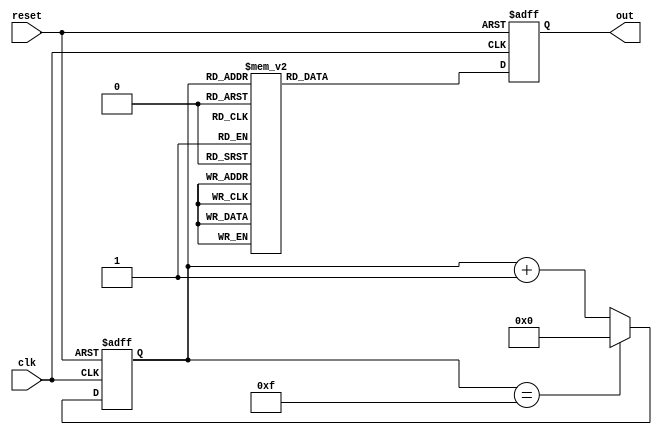
module johnson_counter_clock_divider (
    input wire clk,
    input wire reset,
    output reg out
);

reg [3:0] counter;

always @(posedge clk or posedge reset) begin
    if (reset) begin
        counter <= 4'b0000;
        out <= 1'b0;
    end else begin
        case(counter)
            4'b0000: out <= 1'b1;
            4'b0001: out <= 1'b0;
            4'b0010: out <= 1'b1;
            4'b0011: out <= 1'b0;
            4'b0100: out <= 1'b1;
            4'b0101: out <= 1'b0;
            4'b0110: out <= 1'b1;
            4'b0111: out <= 1'b0;
            4'b1000: out <= 1'b1;
            4'b1001: out <= 1'b0;
            4'b1010: out <= 1'b1;
            4'b1011: out <= 1'b0;
            4'b1100: out <= 1'b1;
            4'b1101: out <= 1'b0;
            4'b1110: out <= 1'b1;
            4'b1111: out <= 1'b0;
            default: out <= 1'b0;
        endcase
        
        if (counter == 4'b1111)
            counter <= 4'b0000;
        else
            counter <= counter + 1;
    end
end

endmodule